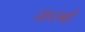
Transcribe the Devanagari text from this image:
जज़्बों